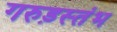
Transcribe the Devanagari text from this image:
गरुड़स्तंभ